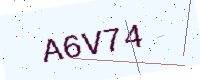
Text: A6V74